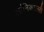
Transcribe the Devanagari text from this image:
त्य्रंनिकाल्ली